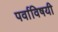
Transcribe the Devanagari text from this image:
पर्वाविषयी